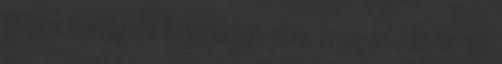
Disney Hercegnők buborékfújó pálca 27cm-es . Az ár 1db